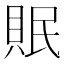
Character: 𮚀